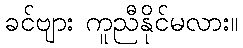
ခင်ဗျား ကူညီနိုင်မလား။